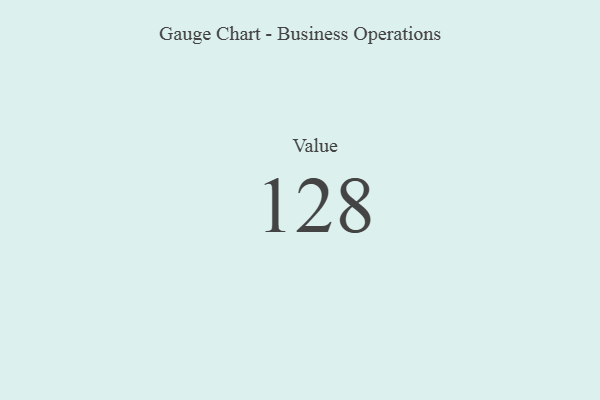
{"axis": {"x": "Metric", "y": "Value"}, "legend": [""], "data": [{"x": "Value", "y": 128, "type": ""}]}